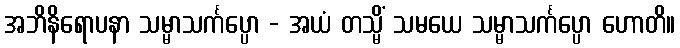
အဘိနိရောပနာ သမ္မာသင်္ကပ္ပော - အယံ တသ္မိံ သမယေ သမ္မာသင်္ကပ္ပော ဟောတိ။